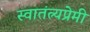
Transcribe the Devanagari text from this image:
स्वातंत्र्यप्रेमी